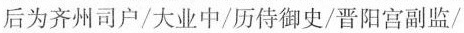
后为齐州司户/大业中/历侍御史/晋阳宫副监/